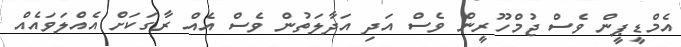
އެމްޑީޕީން ވެސް ޖުމްހޫރީން ވެސް އަދި އަދާލަތުން ވެސް އެއް ރާގަކަށް އެއްލަވައެއް